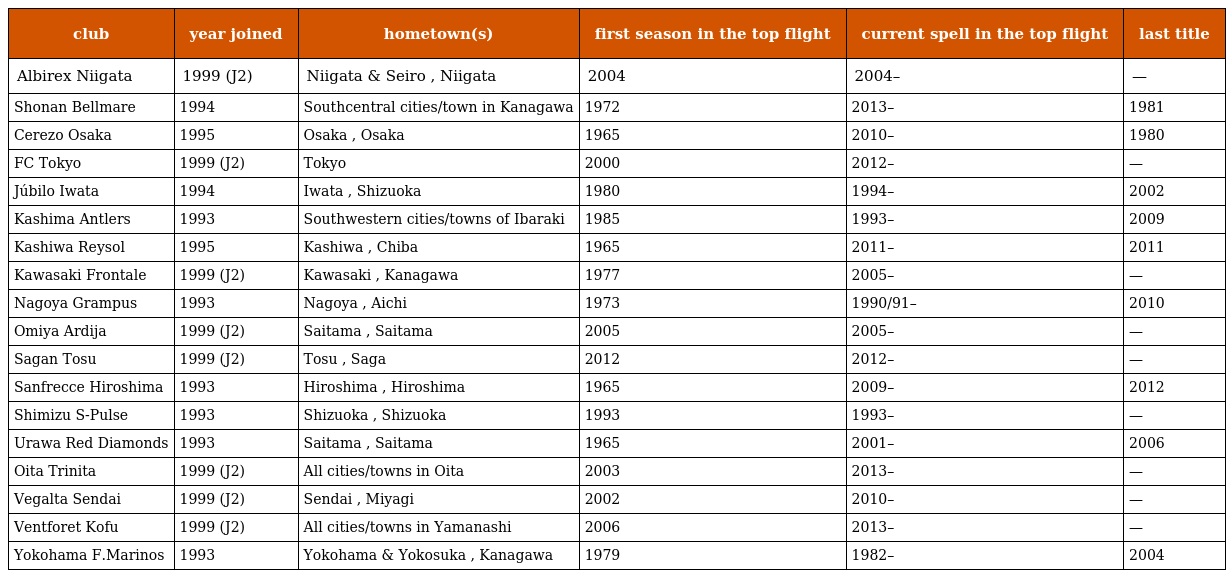
| club | year joined | hometown(s) | first season in the top flight | current spell in the top flight | last title |
 | --- | --- | --- | --- | --- | --- |
 | Albirex Niigata | 1999 (J2) | Niigata & Seiro , Niigata | 2004 | 2004– | — |
 | Shonan Bellmare | 1994 | Southcentral cities/town in Kanagawa | 1972 | 2013– | 1981 |
 | Cerezo Osaka | 1995 | Osaka , Osaka | 1965 | 2010– | 1980 |
 | FC Tokyo | 1999 (J2) | Tokyo | 2000 | 2012– | — |
 | Júbilo Iwata | 1994 | Iwata , Shizuoka | 1980 | 1994– | 2002 |
 | Kashima Antlers | 1993 | Southwestern cities/towns of Ibaraki | 1985 | 1993– | 2009 |
 | Kashiwa Reysol | 1995 | Kashiwa , Chiba | 1965 | 2011– | 2011 |
 | Kawasaki Frontale | 1999 (J2) | Kawasaki , Kanagawa | 1977 | 2005– | — |
 | Nagoya Grampus | 1993 | Nagoya , Aichi | 1973 | 1990/91– | 2010 |
 | Omiya Ardija | 1999 (J2) | Saitama , Saitama | 2005 | 2005– | — |
 | Sagan Tosu | 1999 (J2) | Tosu , Saga | 2012 | 2012– | — |
 | Sanfrecce Hiroshima | 1993 | Hiroshima , Hiroshima | 1965 | 2009– | 2012 |
 | Shimizu S-Pulse | 1993 | Shizuoka , Shizuoka | 1993 | 1993– | — |
 | Urawa Red Diamonds | 1993 | Saitama , Saitama | 1965 | 2001– | 2006 |
 | Oita Trinita | 1999 (J2) | All cities/towns in Oita | 2003 | 2013– | — |
 | Vegalta Sendai | 1999 (J2) | Sendai , Miyagi | 2002 | 2010– | — |
 | Ventforet Kofu | 1999 (J2) | All cities/towns in Yamanashi | 2006 | 2013– | — |
 | Yokohama F.Marinos | 1993 | Yokohama & Yokosuka , Kanagawa | 1979 | 1982– | 2004 |